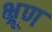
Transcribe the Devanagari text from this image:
भ्रूण